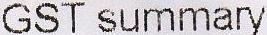
GST SUMMARY